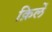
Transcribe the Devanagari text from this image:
क़िलें